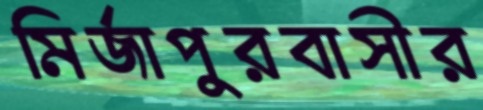
মির্জাপুরবাসীর